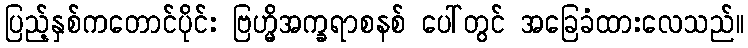
ပြည့်နှစ်ကတောင်ပိုင်း ဗြဟ္မိအက္ခရာစနစ် ပေါ်တွင် အခြေခံထားလေသည်။